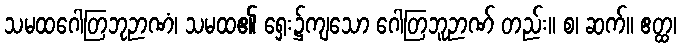
သမထဂေါတြဘုဉာဏံ၊ သမထ၏ ရှေး၌ကျသော ဂေါတြဘူဉာဏ် တည်း။ စ၊ ဆက်။ ဧတ္ထ၊